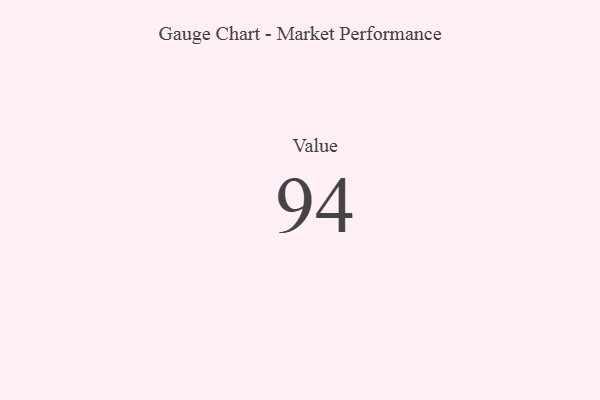
{"axis": {"x": "Metric", "y": "Value"}, "legend": [""], "data": [{"x": "Value", "y": 94, "type": ""}]}